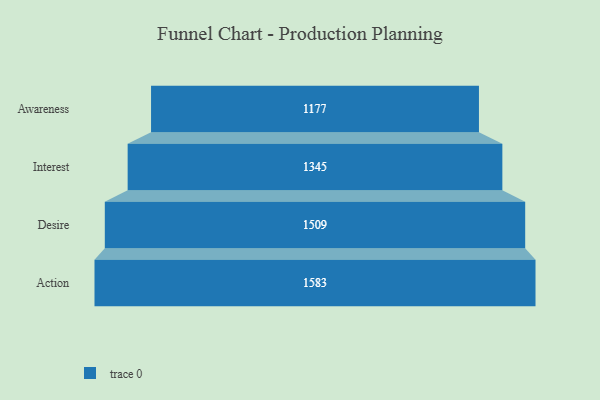
{"axis": {"x": "Stage", "y": "Value"}, "legend": [""], "data": [{"x": "Awareness", "y": 1177.0, "type": ""}, {"x": "Interest", "y": 1345.0, "type": ""}, {"x": "Desire", "y": 1509.0, "type": ""}, {"x": "Action", "y": 1583.0, "type": ""}]}